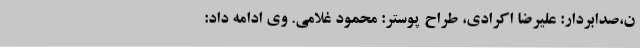
ن،صدابردار: علیرضا اکرادی، طراح پوستر: محمود غلامی. وی ادامه داد: